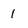
Character: 1